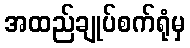
အထည်ချုပ်စက်ရုံမှ